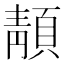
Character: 𩓨